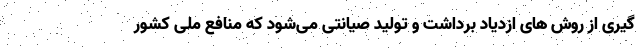
گیری از روش های ازدیاد برداشت و تولید صیانتی می‌شود که منافع ملی کشور